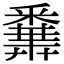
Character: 𨤝